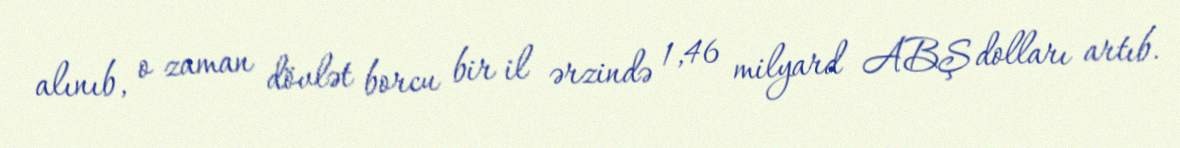
alınıb, o zaman dövlət borcu bir il ərzində 1,46 milyard ABŞ dolları artıb.